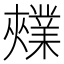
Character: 𫰃